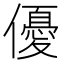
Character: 優